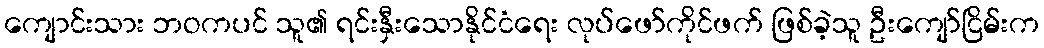
ကျောင်းသား ဘဝကပင် သူ၏ ရင်းနှီးသောနိုင်ငံရေး လုပ်ဖော်ကိုင်ဖက် ဖြစ်ခဲ့သူ ဦးကျော်ငြိမ်းက